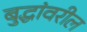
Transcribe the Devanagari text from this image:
बुद्धांवरील